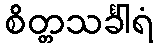
စိတ္တသင်္ခါရံ